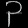
Digit: ၃